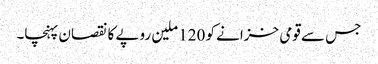
جس سے قومی خزانے کو 120 ملین روپے کا نقصان پہنچا۔